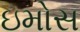
ઇમોસ